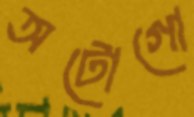
অটোগো